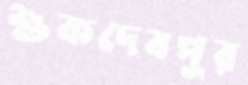
শুকদেবপুর